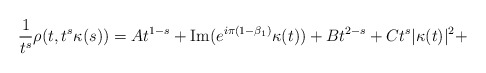
\begin{align*}\frac{1}{t^s}\rho(t,t^s \kappa(s)) = A t^{1-s} + {\rm Im}(e^{i\pi(1-\beta_1)} \kappa(t)) + B t^{2-s} + C t^s|\kappa(t)|^2+\end{align*}